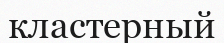
кластерный